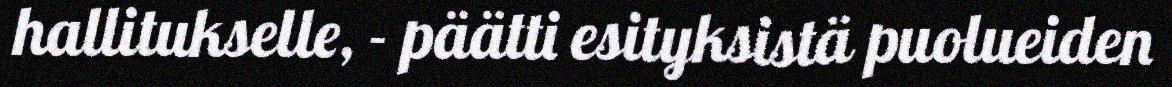
hallitukselle, - päätti esityksistä puolueiden